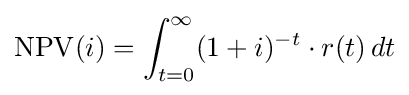
\mathrm {NPV} (i)=\int _{t=0}^{\infty }(1+i)^{-t}\cdot r(t)\,dt